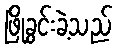
ဖြိုခွင်းခဲ့သည်